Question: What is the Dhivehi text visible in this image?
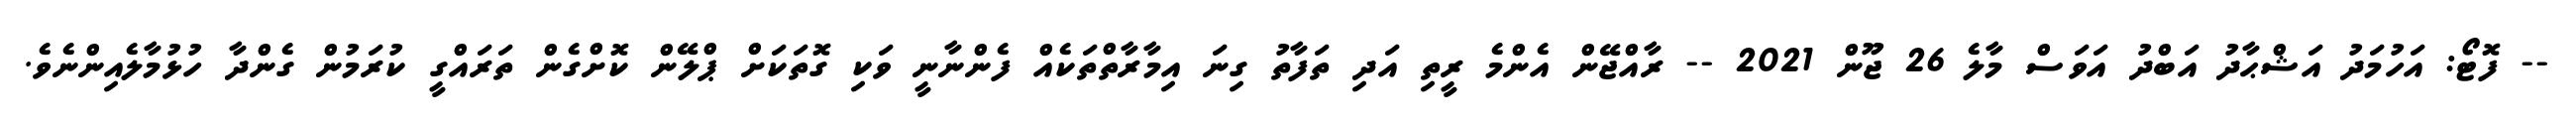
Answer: -- ފޮޓޯ: އަހުމަދު އަޝްޙާދު އަބްދު އަވަސް މާލެ 26 ޖޫން 2021 -- ރާއްޖޭން އެންމެ ރީތި އަދި ތަފާތު ގިނަ އިމާރާތްތަކެއް ފެންނާނީ ވަކި ގޮތަކަށް ޕްލޭން ކޮށްގެން ތަރައްގީ ކުރަމުން ގެންދާ ހުޅުމާލެއިންނެވެ.